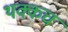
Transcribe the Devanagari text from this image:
थक्कच